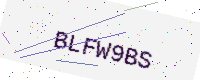
Text: BLFW9BS